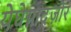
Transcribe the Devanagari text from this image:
येघेग्नाद्ज़ोर